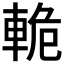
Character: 𫏸